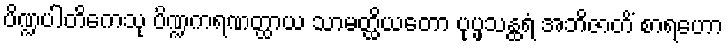
ပိဏ္ဍပါတိကေသု ပိဏ္ဍကရဏတ္ထာယ သာမတ္ထိယတော ပုပ္ဖသန္ထရံ အဘိဇာတိံ စာရဟော